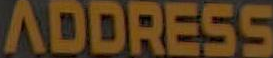
ADDRESS